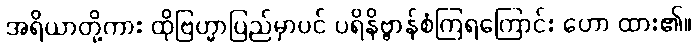
အရိယာတို့ကား ထိုဗြဟ္မာပြည်မှာပင် ပရိနိဗ္ဗာန်စံကြရကြောင်း ဟော ထား၏။